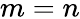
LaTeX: m=n